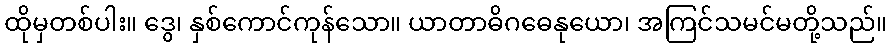
ထိုမှတစ်ပါး။ ဒွေ၊ နှစ်ကောင်ကုန်သော။ ယာတာဓိဂဓေနုယော၊ အကြင်သမင်မတို့သည်။